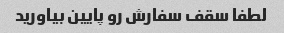
لطفا سقف سفارش رو پایین بیاورید